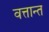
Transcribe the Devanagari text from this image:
वत्तान्त